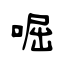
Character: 啒